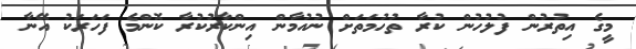
މީގެ އިތުރުން ފުލުހުން ކުރާ ތުހުމަތަށް ނުއުމާން އިންކާރުކުރާ ކޮންމެ ފަހަރަކު އޭނާ